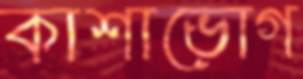
কাশাভোগ